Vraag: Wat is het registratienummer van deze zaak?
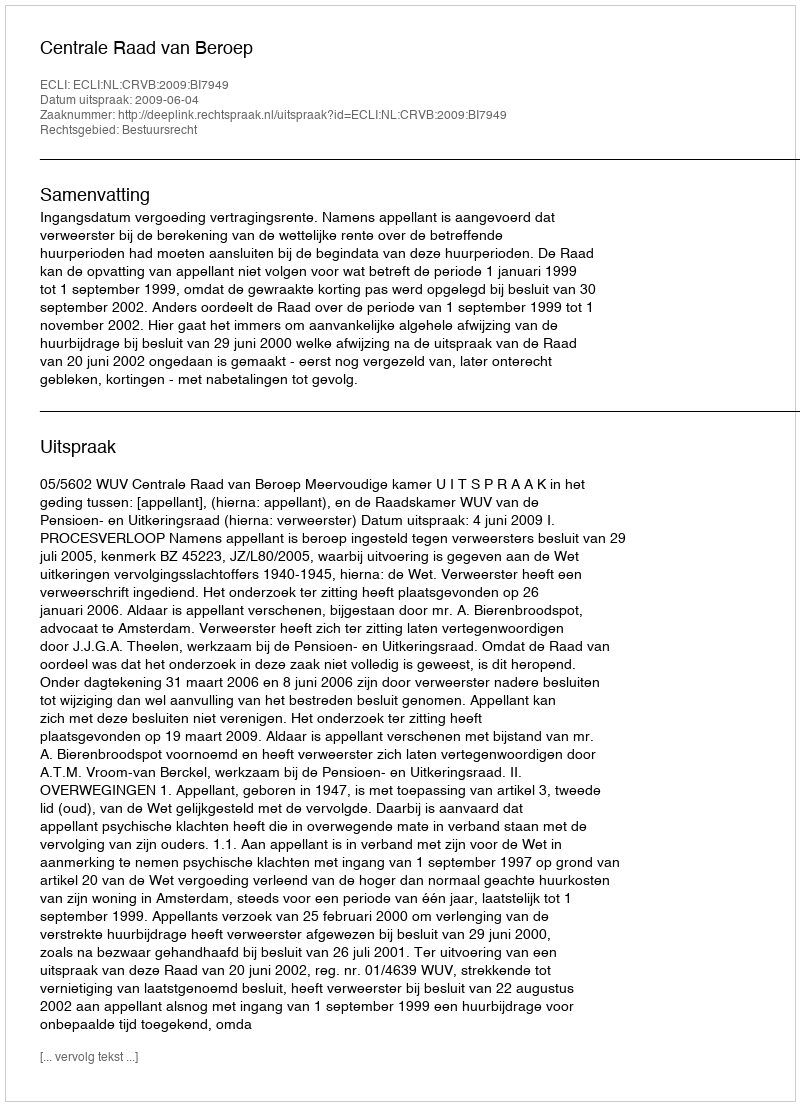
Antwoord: http://deeplink.rechtspraak.nl/uitspraak?id=ECLI:NL:CRVB:2009:BI7949